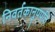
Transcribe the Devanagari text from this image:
निवर्तकानुपपत्ति